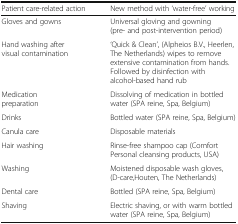
| Patient care-related action | New method with ‘water-free’ working |
 | --- | --- |
 | Gloves and gowns | Universal gloving and gowning (pre- and post-intervention period) |
 | Hand washing after visual contamination | ‘Quick & Clean’, (Alpheios B.V., Heerlen, The Netherlands) wipes to remove extensive contamination from hands. Followed by disinfection with alcohol-based hand rub |
 | Medication preparation | Dissolving of medication in bottled water (SPA reine, Spa, Belgium) |
 | Drinks | Bottled water (SPA reine, Spa, Belgium) |
 | Canula care | Disposable materials |
 | Hair washing | Rinse-free shampoo cap (Comfort Personal cleansing products, USA) |
 | Washing | Moistened disposable wash gloves, (D-care,Houten, The Netherlands) |
 | Dental care | Bottled (SPA reine, Spa, Belgium) |
 | Shaving | Electric shaving, or with warm bottled water (SPA reine, Spa, Belgium) |